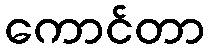
ကောင်တာ